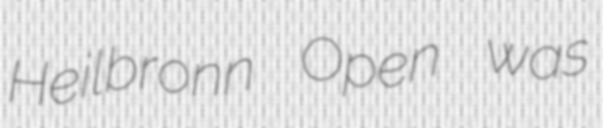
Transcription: Heilbronn Open was